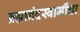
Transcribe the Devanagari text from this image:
ब्रह्मानंदस्वामींचा